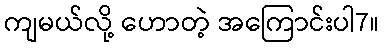
ကျမယ်လို့ ဟောတဲ့ အကြောင်းပါ7။